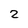
Character: 2